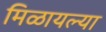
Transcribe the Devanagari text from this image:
मिळायल्या